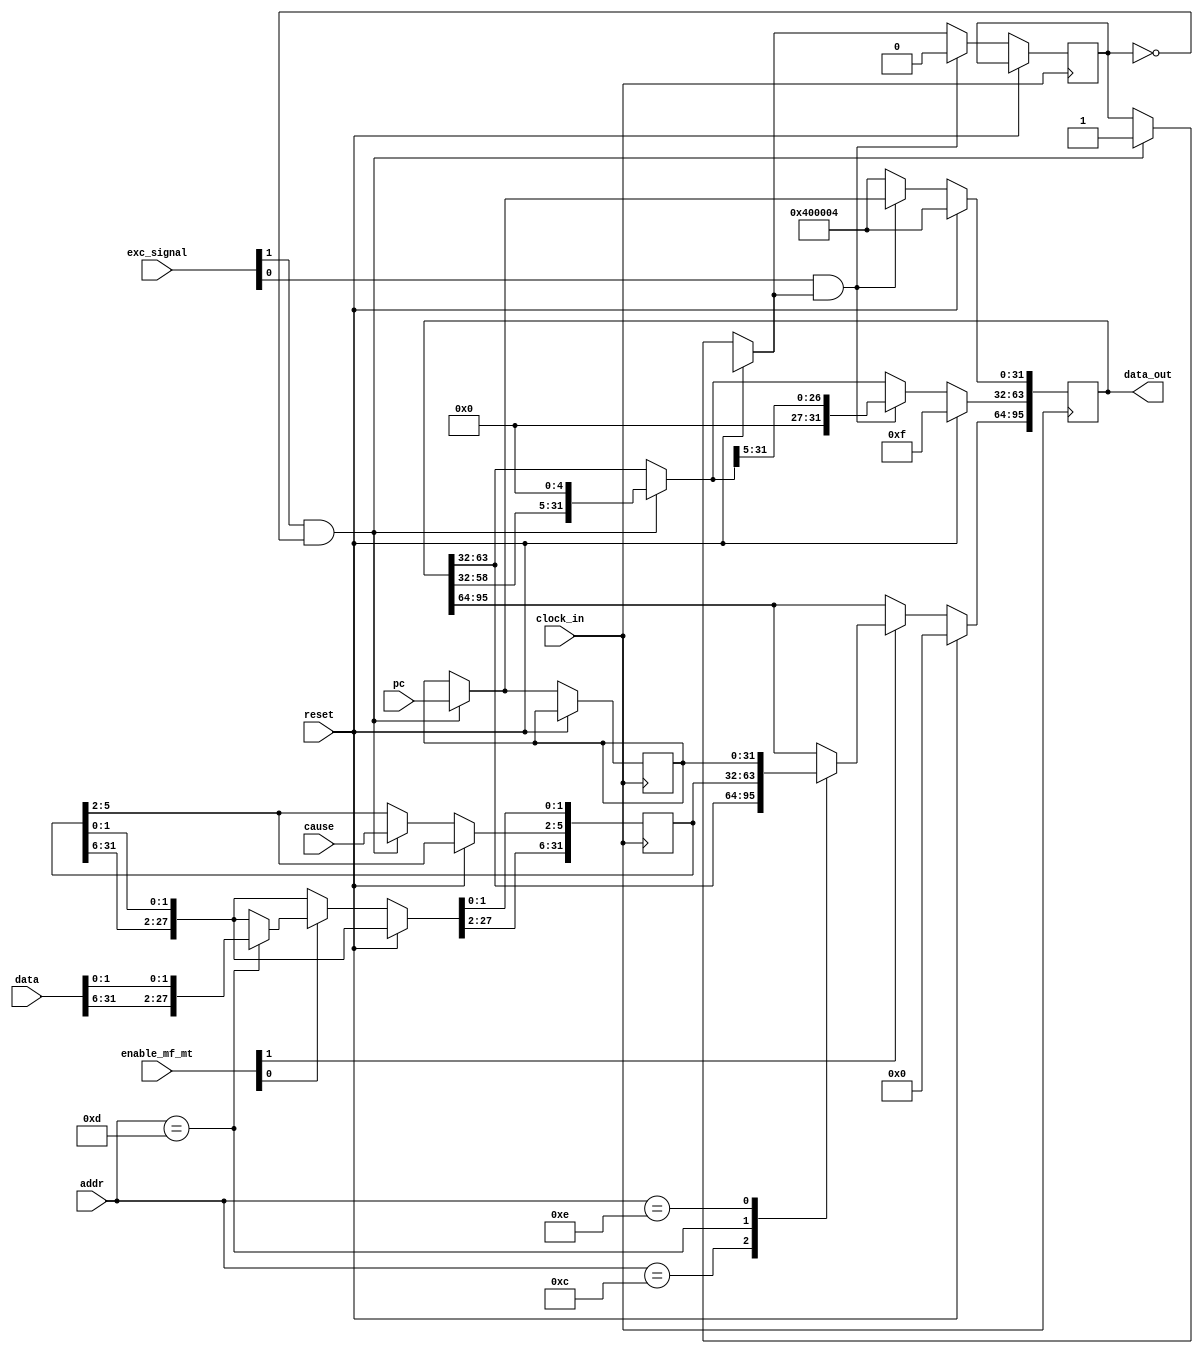
module regfile_for_cp0(//z
input clock_in,input reset,input [1:0]enable_mf_mt,
input [31:0]pc,input [4:0] addr,input [31:0] data,input [1:0]exc_signal,
input [3:0]cause,output reg [95:0]data_out);
reg [31:0]reg_cau = 0;reg [31:0]epc_output;reg enable_signal = 0;
parameter exc_data=32'h00400004;parameter exc_status=32'h0000000f;
always@(negedge clock_in)
begin if(reset)begin data_out[95:64]=0;data_out[31:0] =exc_data;data_out[63:32] = exc_status;end
else begin if(enable_mf_mt[1])
begin case(addr)
5'd12:data_out[95:64]<=data_out[63:32];
5'd13:data_out[95:64]<=reg_cau;
5'd14:data_out[95:64]<=epc_output;endcase end
if(enable_mf_mt[0])begin case(addr)
5'd12:data_out[63:32] <= data;
5'd13:reg_cau <= data;
5'd14:epc_output <= data;endcase end
if(exc_signal[1] & ~enable_signal)begin data_out[63:32] = data_out[63:32]<<5;epc_output = pc;reg_cau[5:2] = cause;enable_signal = 1;data_out[31:0] = 32'h00400004;end
if(exc_signal[0] & enable_signal)begin data_out[63:32] = data_out[63:32]>>5;data_out[31:0] = epc_output;enable_signal = 0;end else data_out[31:0] = exc_data;end end endmodule